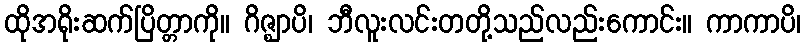
ထိုအရိုးဆက်ပြိတ္တာကို။ ဂိဇ္ဈာပိ၊ ဘီလူးလင်းတတို့သည်လည်းကောင်း။ ကာကာပိ၊